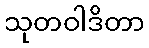
သုတဝါဒိတာ